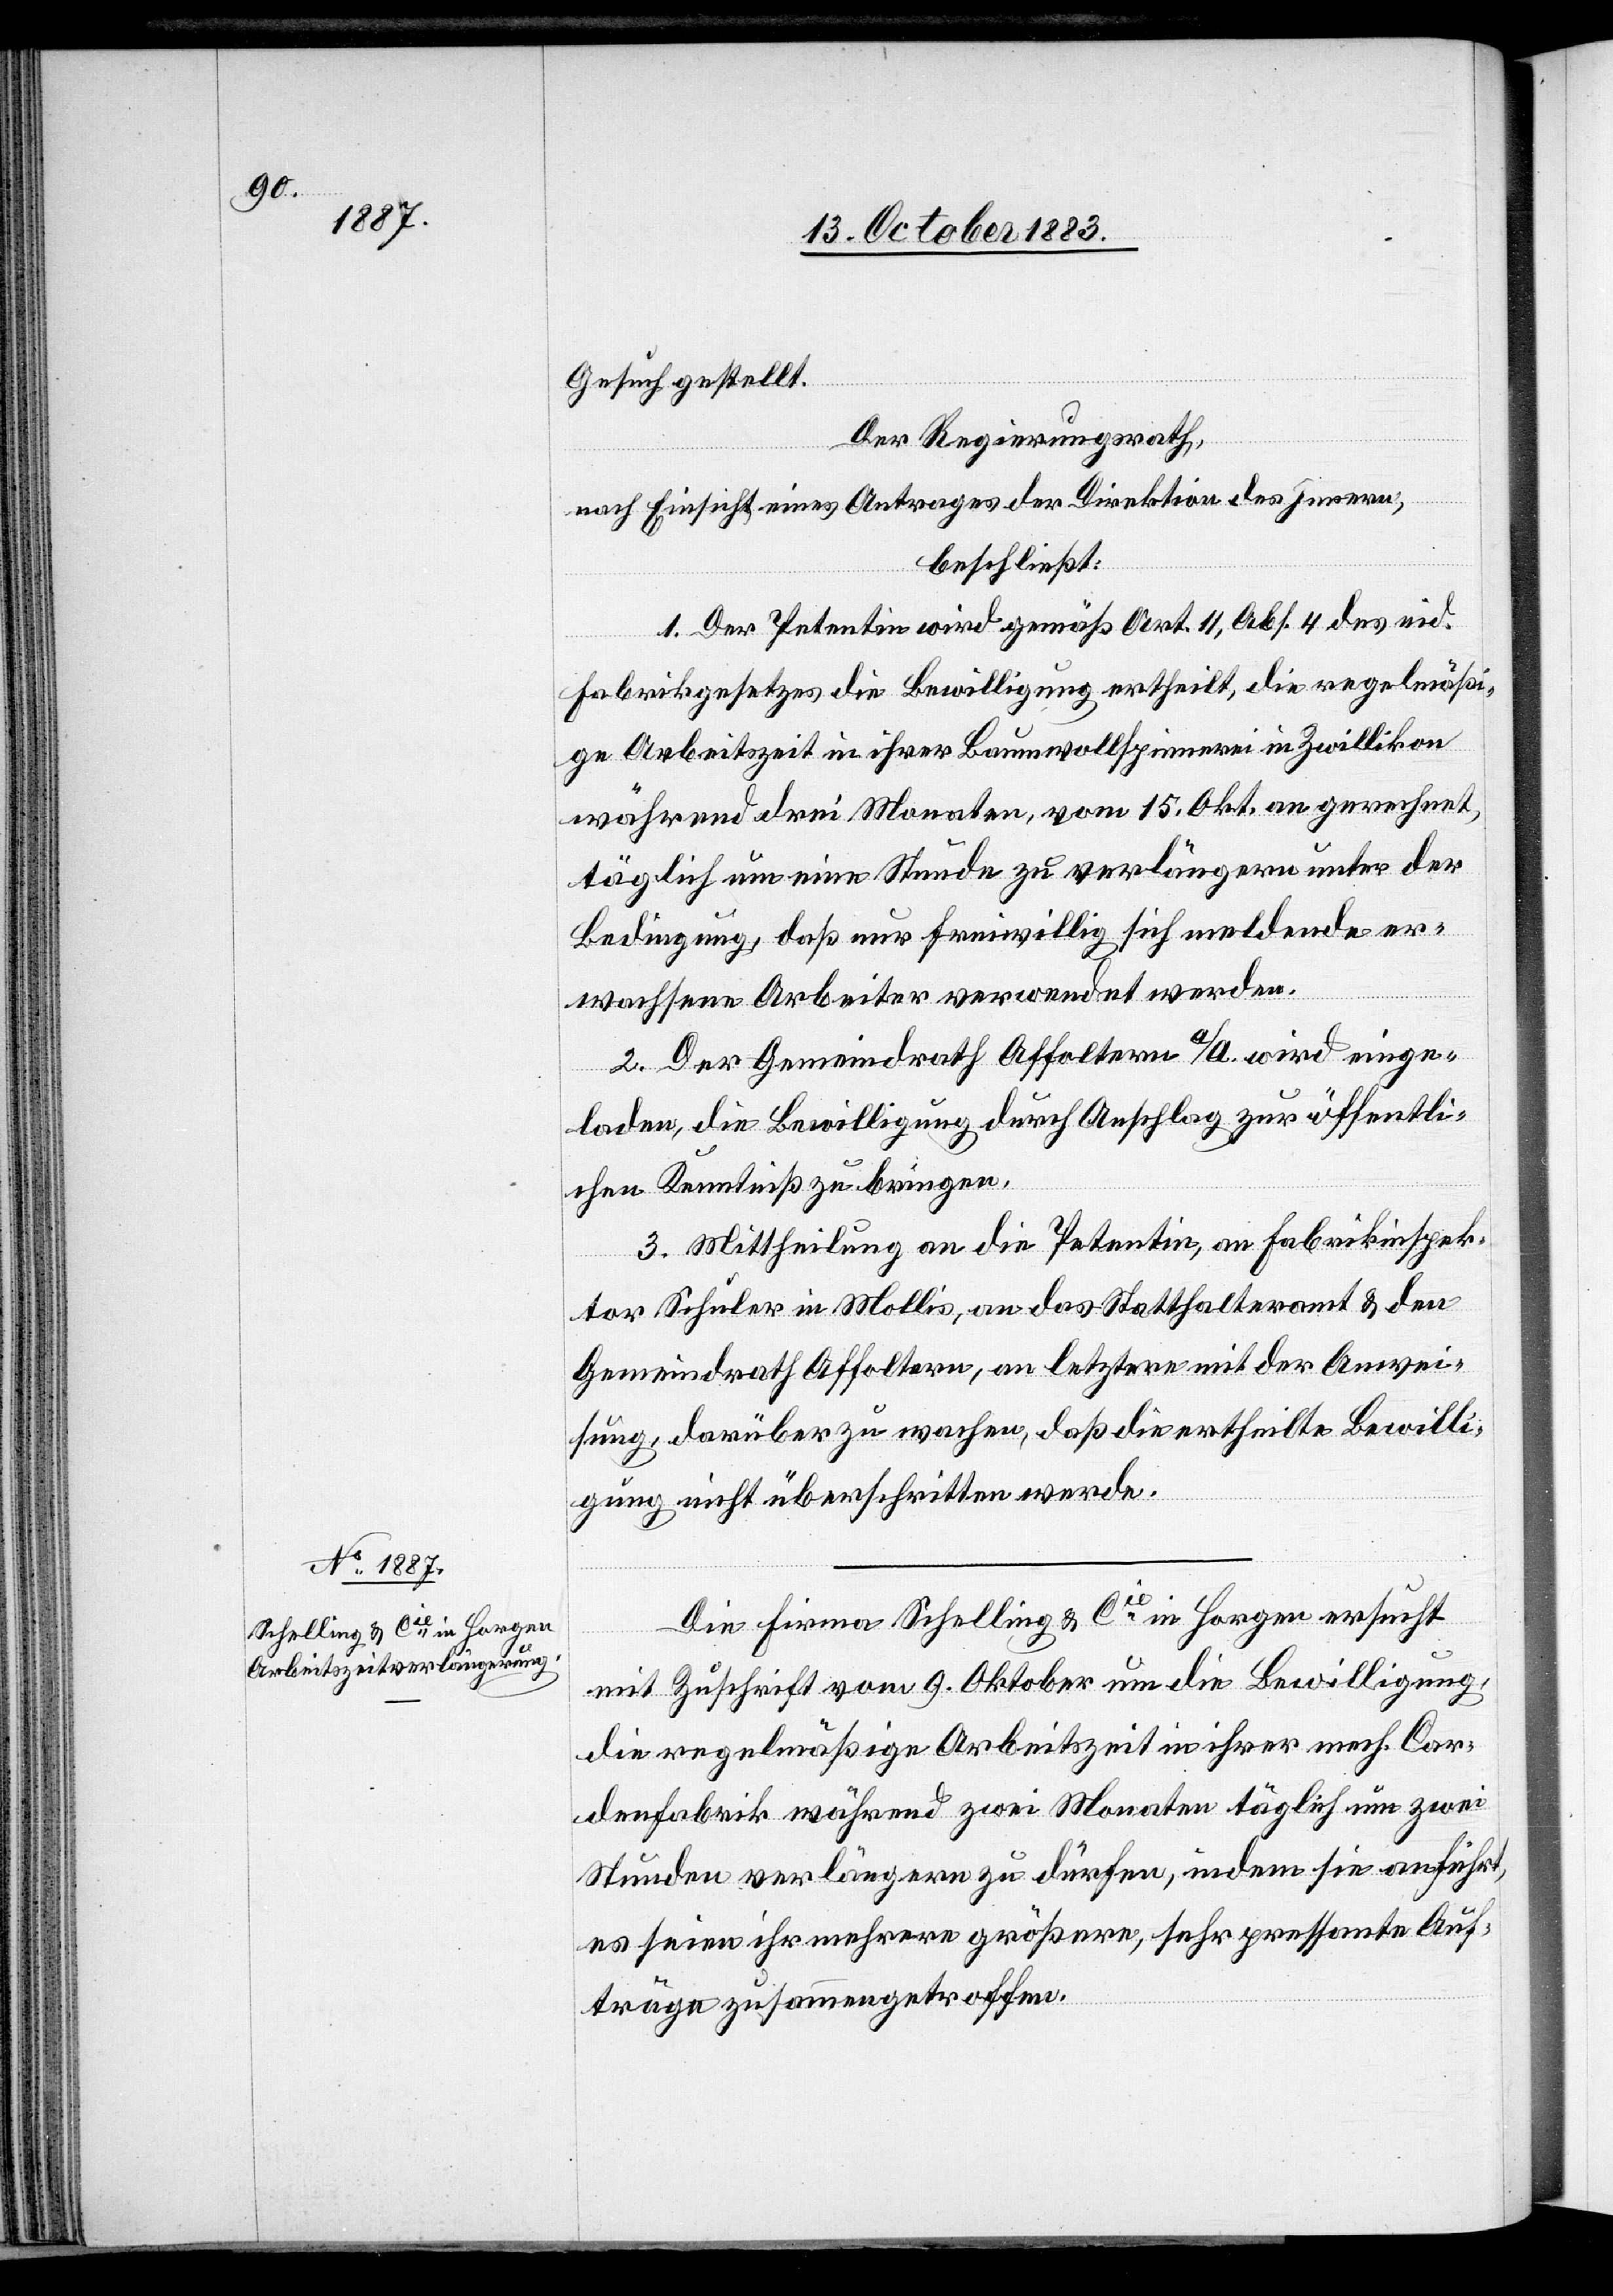
Gesuch gestellt.
Der Regierungsrath,
nach Einsicht eines Antrages der Direktion des Innern,
beschließt:
1. Der Petentin wird gemäß Art. 11, Abs. 4 des eid.
Fabrikgesetzes die Bewilligung ertheilt, die regelmäßi¬
ge Arbeitszeit in ihrer Baumwollspinnerei in Zwillikon
während drei Monaten, vom 15. Okt. an gerechnet,
täglich um eine Stunde zu verlängern unter der
Bedingung, daß nur freiwillig sich meldende er¬
wachsene Arbeiter verwendet werden.
2. Der Gemeindrath Affoltern a/A. wird einge¬
laden, die Bewilligung, durch Anschlag zur öffentli¬
chen Kenntniß zu bringen.
3. Mittheilung an die Petentin, an Fabrikinspek¬
tor Schuler in Mollis, an das Statthalteramt & den
Gemeindrath Affoltern, an letztere mit der Anwei¬
sung, darüber zu wachen, daß die ertheilte Bewilli¬
gung nicht überschritten werde.
Die Firma Schelling & Cie in Horgen ersucht
mit Zuschrift vom 9. Oktober um die Bewilligung,
die regelmäßige Arbeitszeit in ihrer mech. Car¬
denfabrik während zwei Monaten täglich um zwei
Stunden verlängern zu dürfen, indem sie anführt,
es seien ihr mehrere größere, sehr pressante Auf¬
träge zusammengetroffen.